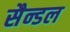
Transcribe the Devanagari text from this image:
सैन्डल